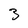
Character: 3